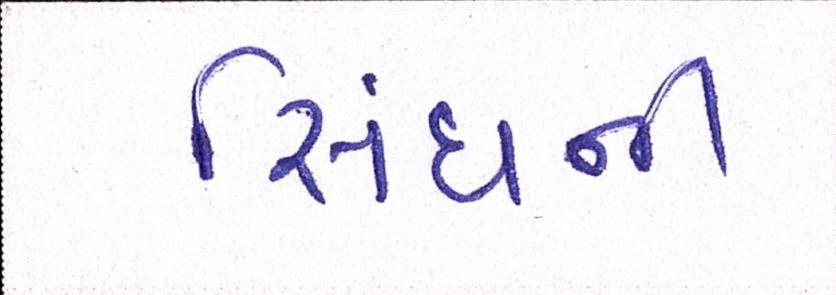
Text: સિંઘની